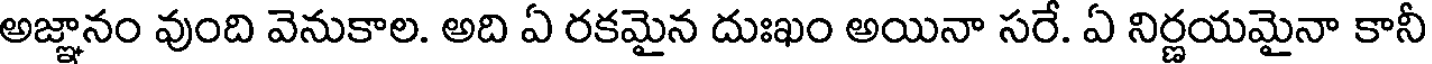
అజ్ఞానం వుంది వెనుకాల. అది ఏ రకమైన దుఃఖం అయినా సరే. ఏ నిర్ణయమైనా కానీ